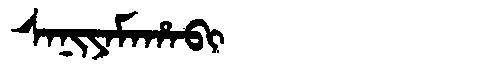
Manchu: ᠰᠠᠨᡳᠶᠠᠮᠠᡥᠠᠪᡳ
Romanization: SANIYAMAHABI